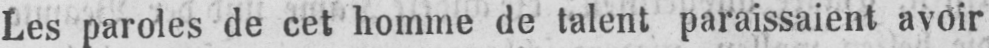
Les paroles de cet homme de talent paraissaient avoir